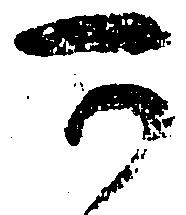
可